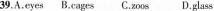
39.A.eyes B.cages C.zoos D.glass